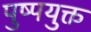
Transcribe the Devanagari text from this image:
पुष्पयुक्त